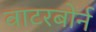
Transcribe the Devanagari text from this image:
वाटरबोर्न